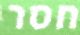
חסר